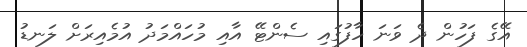
އޭގެ ފަހުން ދެ ވަނަ ހާފުގައި ސެންޓޭ އާއި މުހައްމަދު އުމެއިރަށް ލަނޑު